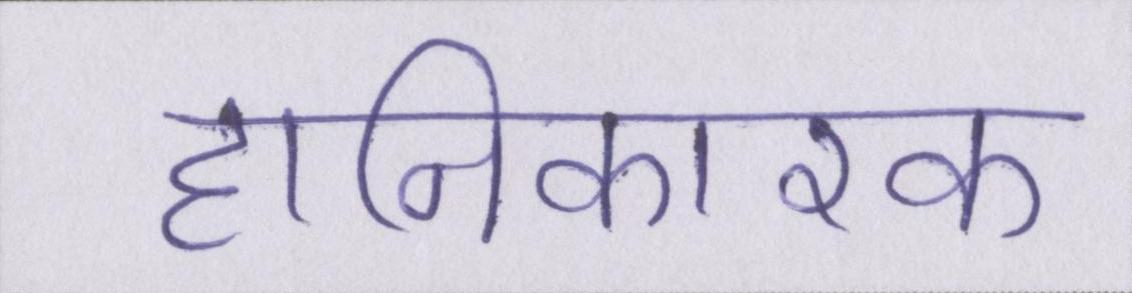
हानिकारक